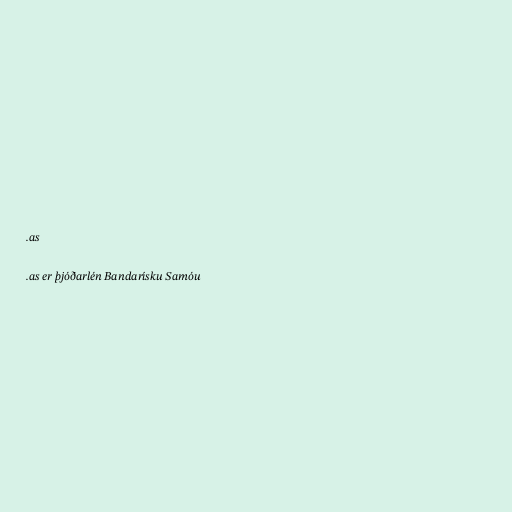
.as

.as er þjóðarlén Bandarísku Samóu